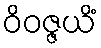
ဝိဝဇ္ဇယိံ